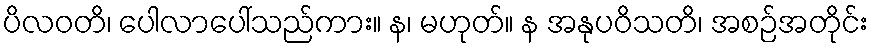
ပိလဝတိ၊ ပေါလာပေါ်သည်ကား။ န၊ မဟုတ်။ န အနုပဝိသတိ၊ အစဉ်အတိုင်း